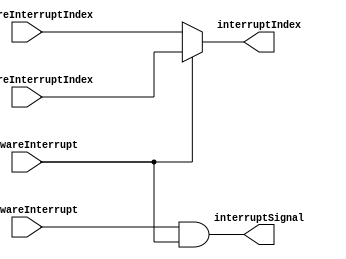
module interruptArbitration(
  input hardwareInterrupt,
  input [3:0] hardwareInterruptIndex,
  input softwareInterrupt,
  input [3:0] softwareInterruptIndex,
  output interruptSignal,
  output [3:0] interruptIndex
);

assign interruptSignal = softwareInterrupt & hardwareInterrupt;
assign interruptIndex = hardwareInterrupt? softwareInterruptIndex : hardwareInterruptIndex;

endmodule